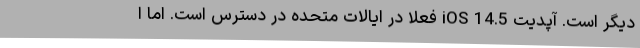
دیگر است. آپدیت iOS 14.5 فعلا در ایالات متحده در دسترس است. اما ا